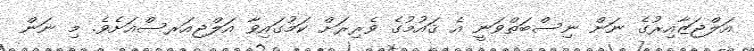
އަލްޖަޒާއިރުގެ ނަން ނިސްބަތްވަނީ އެ ޤައުމުގެ ވެރިރަށް ކަމުގައިވާ އަލްޖިއަރސްއަށެވެ. މި ނަން